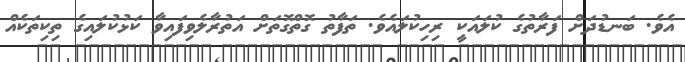
އެވެ. ބަނޑުދަށް ފަރާތުގެ ކުލައަކީ ރިހިކުލައެވެ. ތަފާތު ގޮތްގޮތަށް އަތުރާލެވިފައިވާ ކަޅުކުލައިގެ ތިކިތަކެއް